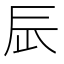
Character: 𨑃